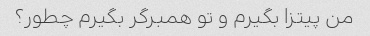
من پیتزا بگیرم و تو همبرگر بگیرم چطور؟